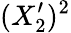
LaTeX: (X_{2}^{\prime})^{2}